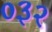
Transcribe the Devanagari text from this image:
०३२